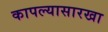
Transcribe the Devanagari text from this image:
कापल्यासारखा